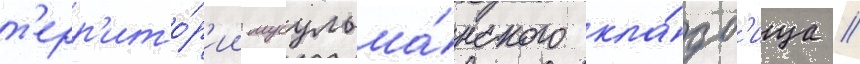
т'ерр'ито́р'ии мусульма́нского кла́дб'ища //